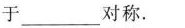
于___对称。